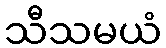
သီသမယံ